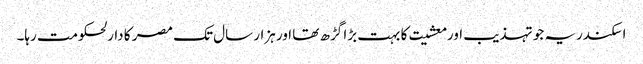
اسکندریہ جو تہذیب اور معشیت کا بہت بڑا گڑھ تھا اور ہزار سال تک مصر کا دارلحکومت رہا۔